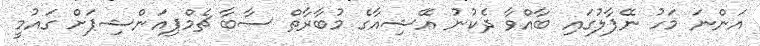
އަންނަ މަހު ނޭޕާލުގައި ބާއްވާ ދެކުނު އޭޝިއާގެ މުބާރާތް ސާބާ ޗެމްޕިއަންޝިޕަށް ގައުމީ